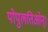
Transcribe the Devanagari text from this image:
पोपुलतिओन्।